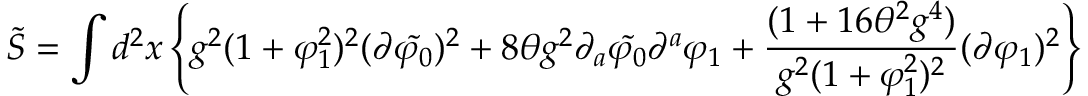
\tilde { S } = \int d ^ { 2 } { x } \left\{ g ^ { 2 } ( 1 + \varphi _ { 1 } ^ { 2 } ) ^ { 2 } ( \partial \tilde { \varphi _ { 0 } } ) ^ { 2 } + 8 \theta g ^ { 2 } \partial _ { a } \tilde { \varphi _ { 0 } } \partial ^ { a } \varphi _ { 1 } + \frac { ( 1 + 1 6 \theta ^ { 2 } g ^ { 4 } ) } { g ^ { 2 } ( 1 + \varphi _ { 1 } ^ { 2 } ) ^ { 2 } } ( \partial \varphi _ { 1 } ) ^ { 2 } \right\}